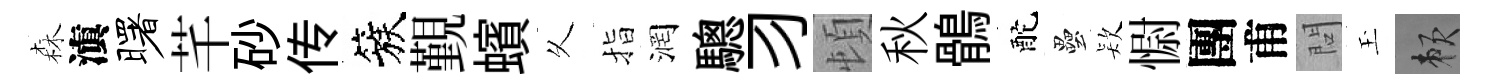
森滇曙芊砂传簇覲蠙乆指润驄习頓秋鶻酡壘𣣇𢠢團甫問玉賴